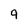
Character: 9